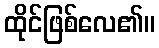
ထိုင်ဖြစ်လေ၏။